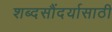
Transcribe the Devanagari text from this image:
शब्दसौंदर्यासाठी